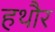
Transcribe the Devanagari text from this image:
हथौर